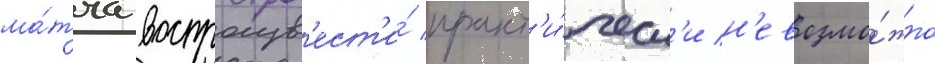
ма́тча воспроизв'ест'и́ практ'и́ческ'и н'евозмо́жно